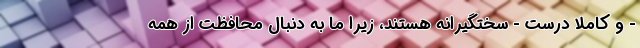
- و کاملاً درست - سختگیرانه هستند، زیرا ما به دنبال محافظت از همه